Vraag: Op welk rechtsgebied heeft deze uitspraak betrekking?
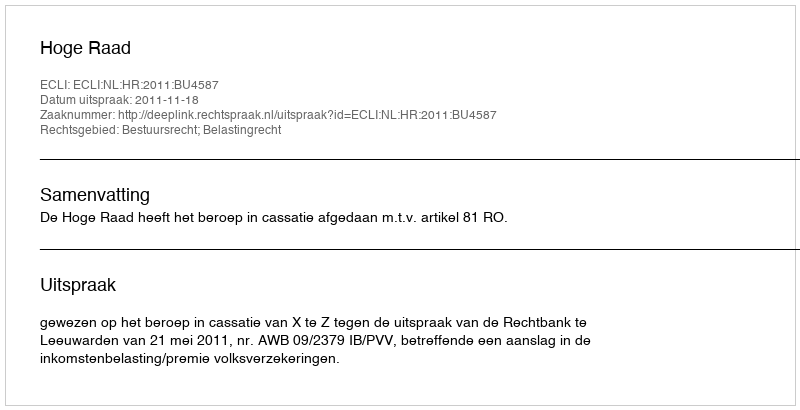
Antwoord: Bestuursrecht; Belastingrecht